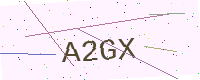
Text: A2GX